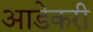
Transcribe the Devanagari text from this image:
आडेकरी